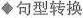
句型转换